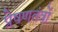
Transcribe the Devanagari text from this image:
प्रेषणतंत्रों